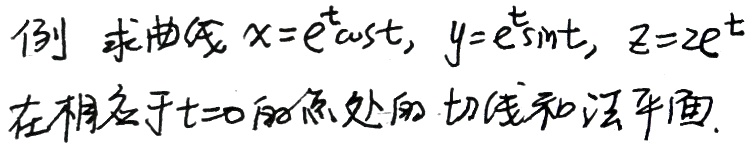
例 求曲线 \(x = e^{t}\cos t\)，\(y = e^{t}\sin t\)，\(z = 2e^{t}\) 在相应于 \(t = 0\) 的点处的切线和法平面。